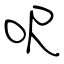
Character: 呎